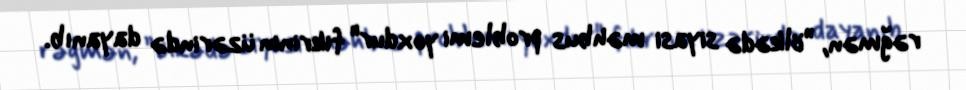
rəğmən, ”ölkədə siyasi məhbus problemi yoxdur" fikrinin üzərində dayanıb.